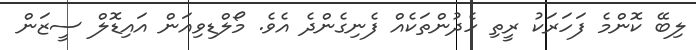
ލިބޭ ކޮންމެ ފަހަރަކު ރީތި ހެދުންތަކެއް ފެނިގެންދެ އެވެ. މޯލްޑިވިއަން އައިޑޮލް ސީޒަން